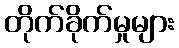
တိုက်ခိုက်မှုများ